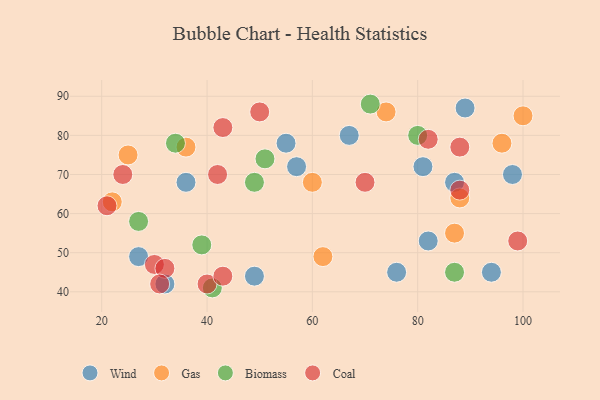
{"axis": {"x": "GDP", "y": "Life Expectancy"}, "legend": ["Biomass", "Coal", "Gas", "Wind"], "data": [{"x": "98", "y": 70, "type": "Wind"}, {"x": "87", "y": 68, "type": "Wind"}, {"x": "49", "y": 44, "type": "Wind"}, {"x": "36", "y": 68, "type": "Wind"}, {"x": "81", "y": 72, "type": "Wind"}, {"x": "57", "y": 72, "type": "Wind"}, {"x": "32", "y": 42, "type": "Wind"}, {"x": "55", "y": 78, "type": "Wind"}, {"x": "82", "y": 53, "type": "Wind"}, {"x": "67", "y": 80, "type": "Wind"}, {"x": "76", "y": 45, "type": "Wind"}, {"x": "89", "y": 87, "type": "Wind"}, {"x": "94", "y": 45, "type": "Wind"}, {"x": "27", "y": 49, "type": "Wind"}, {"x": "88", "y": 64, "type": "Gas"}, {"x": "87", "y": 55, "type": "Gas"}, {"x": "36", "y": 77, "type": "Gas"}, {"x": "100", "y": 85, "type": "Gas"}, {"x": "60", "y": 68, "type": "Gas"}, {"x": "25", "y": 75, "type": "Gas"}, {"x": "96", "y": 78, "type": "Gas"}, {"x": "22", "y": 63, "type": "Gas"}, {"x": "62", "y": 49, "type": "Gas"}, {"x": "74", "y": 86, "type": "Gas"}, {"x": "41", "y": 41, "type": "Biomass"}, {"x": "80", "y": 80, "type": "Biomass"}, {"x": "51", "y": 74, "type": "Biomass"}, {"x": "71", "y": 88, "type": "Biomass"}, {"x": "39", "y": 52, "type": "Biomass"}, {"x": "87", "y": 45, "type": "Biomass"}, {"x": "27", "y": 58, "type": "Biomass"}, {"x": "34", "y": 78, "type": "Biomass"}, {"x": "49", "y": 68, "type": "Biomass"}, {"x": "42", "y": 70, "type": "Coal"}, {"x": "30", "y": 47, "type": "Coal"}, {"x": "88", "y": 77, "type": "Coal"}, {"x": "70", "y": 68, "type": "Coal"}, {"x": "50", "y": 86, "type": "Coal"}, {"x": "40", "y": 42, "type": "Coal"}, {"x": "32", "y": 46, "type": "Coal"}, {"x": "88", "y": 66, "type": "Coal"}, {"x": "24", "y": 70, "type": "Coal"}, {"x": "21", "y": 62, "type": "Coal"}, {"x": "43", "y": 44, "type": "Coal"}, {"x": "99", "y": 53, "type": "Coal"}, {"x": "82", "y": 79, "type": "Coal"}, {"x": "31", "y": 42, "type": "Coal"}, {"x": "43", "y": 82, "type": "Coal"}]}